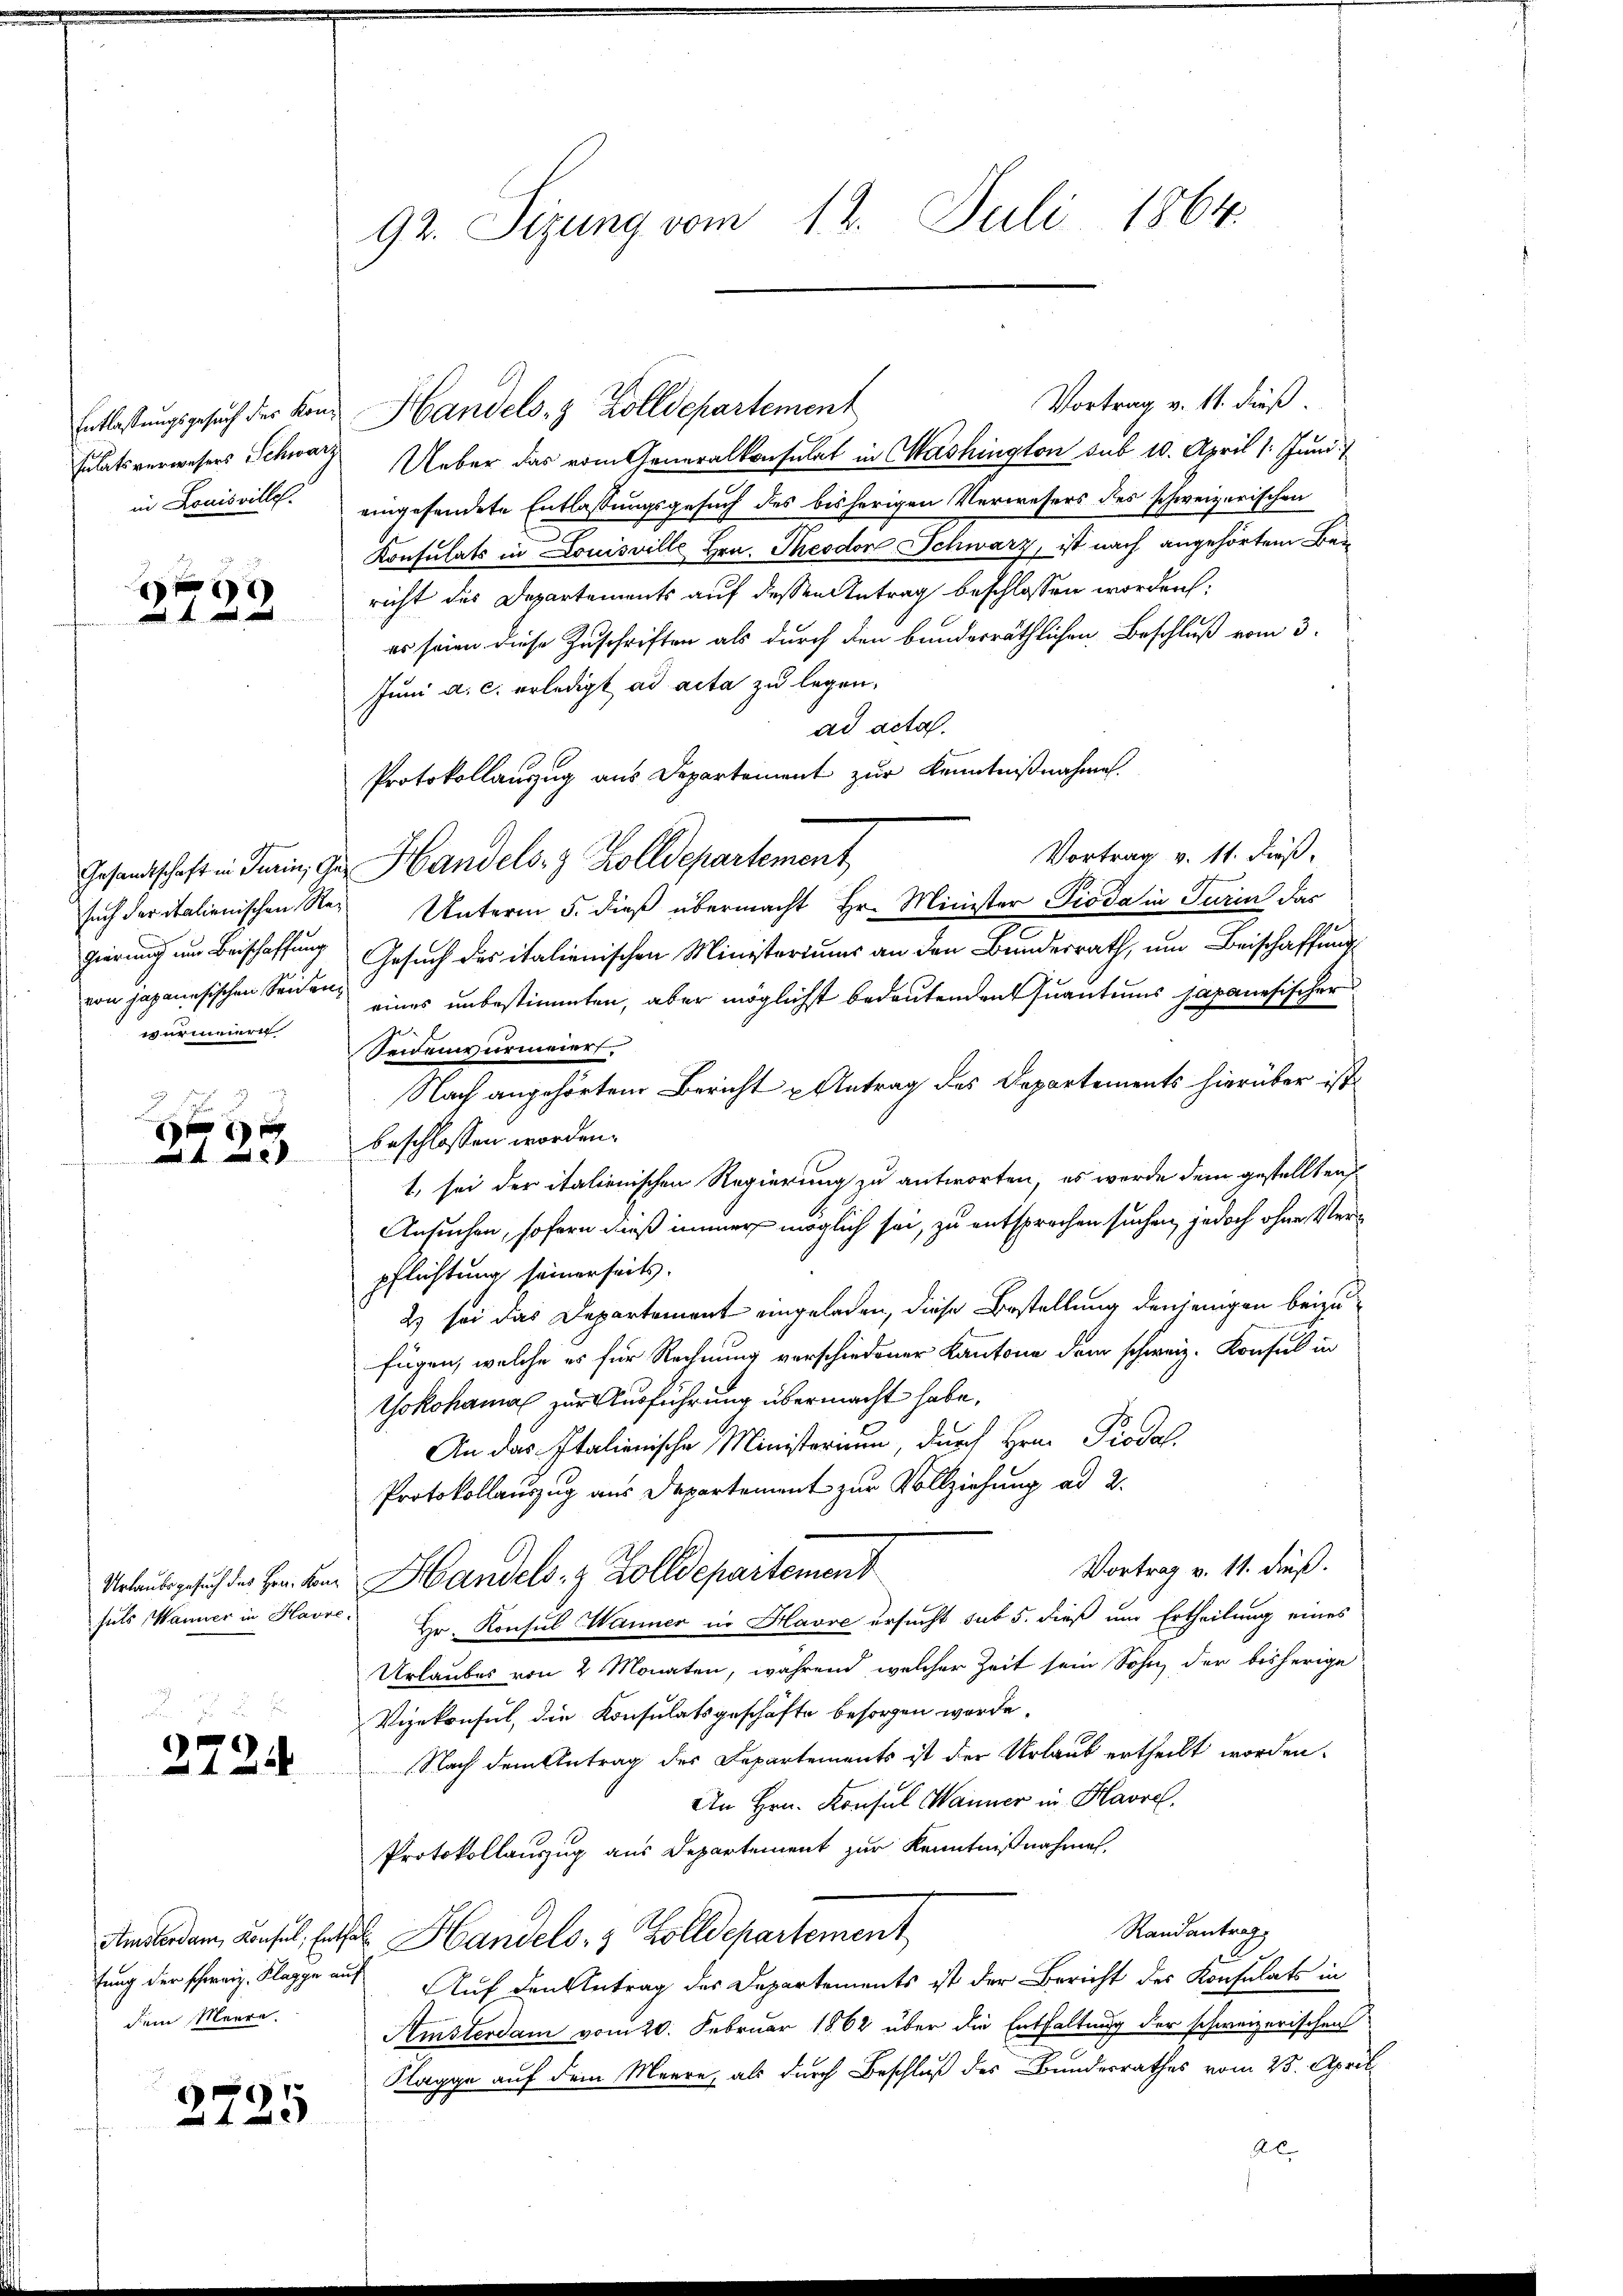
Entlassungsgesuch der Konsulatsverwesers Schwarz
in Louisville.

¬
—122

such der italienischen Regierung um Beischaffung
von japanesischen Seiden
wurmeiere

J
 f 6 x
 2

Urlaubsgesuch des Hrn. Konfals Wanner in Havre,

e
xx

dem Meere.

2725

92. Sizung vom 12. Juli 1864.

Vortrag v. 11. dieß.
Ueber das vom Generalkonsulat in Washington sub 10. April 1. Juni
eingesendete Entlassungsgesuch des bisherigen Verwesers des schweizerischen
Konsulats in Louisville Hrn. Theodor Schwarz, ist nach angehörtem Beiricht des Departements auf dessen Antrag beschlossen worden:
es seien diese Zuschriften als durch den bunderräthlichen Beschluß vom 3.
Juni a. c. erledigt ad acta zu legen.
ad acta.
Protokollauszug aus Departement zur Kenntnißnahme.
Vortrag v. 11. dieß,
Gesandtschaft in Turin, zu Handels- & Zolldepartement
Unterm 5. dieß übermacht Hr. Minister Pioda in Turin das
Gesuch des italienischen Ministeriums an den Bundesrath, um Beischaffung
eines unbestimmten, aber möglichst bedeutenden Quantums japanesischer
Seidenvermeiert.
Nach angehörten Bericht u Antrag des Departements hierüber ist
beschlossen worden.
t, sei der italienischen Regierung zu antworten, es werde dem gestellten
Ansuchen, sofern dieß immers möglich sei, zu entsprochen suchen, jedoch ohne Verpflichtung seinerseits.
2) sei das Departement eingeladen, diese Bestellung denjenigen beizufügen, welche es für Rechnung verschiedener Kantone dem schweiz. Konsul in
Yokohama zur Ausführung übermacht habe,
An das Italienische Ministerium, durch Hrn. Piodal
Protokollauszug aus Departement zur Vollziehung ad 2.
Vortrag v. 11. dieß.
Handels- & Zolldepartement
Hr. Konsul Wanner in Havre ersucht sub 5. dieß um Ertheilung eines
Urlaubes von 2 Monaten, während welcher Zeit sein Sohn der bisherige
Vizekonsul, die Konsulatsgeschäfte besorgen werde.
Nach dem Antrag des Departements ist der Urlaub ertheilt worden.
An Hrn. Konsul Männer in Havre,
Protokollauszug aus Departement zur Kenntnißnahmen.
Randantrag
Amsterdam Konsul, Enthal Handels- & Zolldepartement
tung der schweiz. Klappe auf Auf den Antrag des Departements ist der Bericht des Konsulats in
Amsterdam vom 20. Februar 1862 über die Entfaltung der schweizerischen
Klagge auf dem Meere, als durch Beschluß des Bundesrathes vom 25. April
Al

Handels- & Zolldepartement